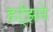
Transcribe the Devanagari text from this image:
हर्ट्झने